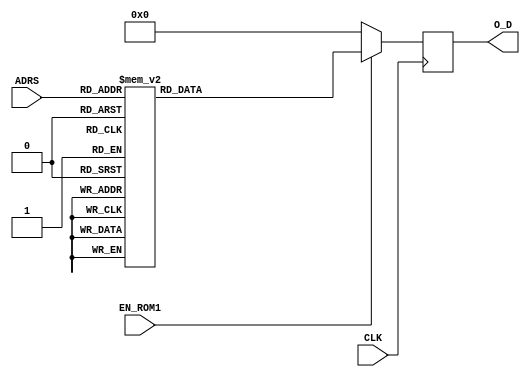
module LUT_Z#(parameter P = 32, parameter D = 5) ( 

input wire CLK, 
input wire EN_ROM1,
input wire [D-1:0] ADRS,
output reg [P-1:0] O_D
);
   
always @(posedge CLK)
      if (EN_ROM1)
         case (ADRS)
            5'b00000: O_D <= 32'b10111111101011010101000010110010;
            5'b00001: O_D <= 32'b10111111011110010001001110010101;
            5'b00010: O_D <= 32'b10111111000011001001111101010100;
            5'b00011: O_D <= 32'b10111110100000101100010101111000;
            5'b00100: O_D <= 32'b10111110000000001010110001001001;
            5'b00101: O_D <= 32'b10111101100000000010101011000100;
            5'b00110: O_D <= 32'b10111101100000000010101011000100;
            5'b00111: O_D <= 32'b10111101000000000000101010101100;
            5'b01000: O_D <= 32'b10111100100000000000001010101010;         
            5'b01001: O_D <= 32'b10111100000000000000000010101100;
            5'b01010: O_D <= 32'b10111011100000000000000000101011;
            5'b01011: O_D <= 32'b10111010110111100011010100111011;
            5'b01100: O_D <= 32'b10111010011111111111111111110111;    
            5'b01101: O_D <= 32'b10111010000000000000000000000011;
            5'b01110: O_D <= 32'b10111001011111111111111111010101;
            5'b01111: O_D <= 32'b10111000111111111111111111010101;
            5'b10000: O_D <= 32'b10111000111111111111111111010101;
            5'b10001: O_D <= 32'b10111000100000000000000000000000;
            5'b10010: O_D <= 32'b10111000100000000000001010011010;
            5'b10011: O_D <= 32'b10111000100000000000001010011010;
            5'b10100: O_D <= 32'b10111000000000000000001010011010;
            5'b10101: O_D <= 32'b10110111100000000000001010011010;
            5'b10110: O_D <= 32'b10110111100000000000001010011010;
            5'b10111: O_D <= 32'b10110111000000000000001010011010;
            5'b11000: O_D <= 32'b10110110011111111010111101001101;
            5'b11001: O_D <= 32'b10110110011111111010111101001101;  
            5'b11010: O_D <= 32'b10110100000000000000000000000000;
            5'b11011: O_D <= 32'b10110011100000000000000000000000;
            5'b11100: O_D <= 32'b10110011000000000000000000000000;
            5'b11101: O_D <= 32'b10110010100000000000000000000000;
            5'b11110: O_D <= 32'b10110010000000000000000000000000;
            5'b11111: O_D <= 32'b10110001100000000000000000000000;
            default:  O_D <= 32'b00000000000000000000000000000000;
         endcase	 
         
        else
            O_D <= 32'b00000000000000000000000000000000;
         
endmodule